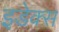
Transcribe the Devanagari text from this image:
इडेक्स